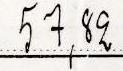
57,82